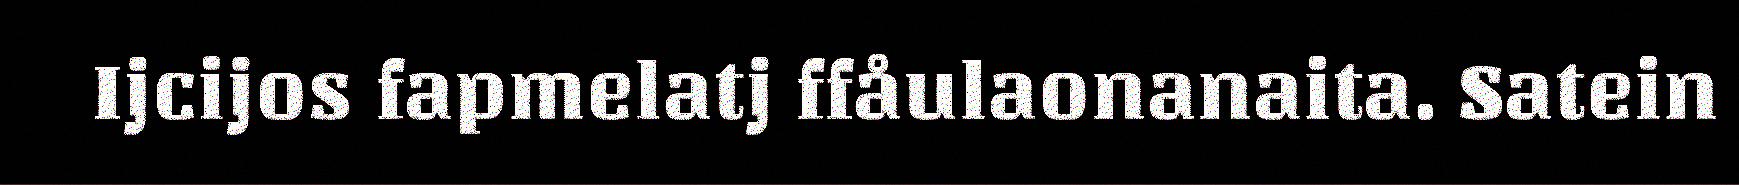
Ijcijos fapmelatj ffåulaonanaita. Satein